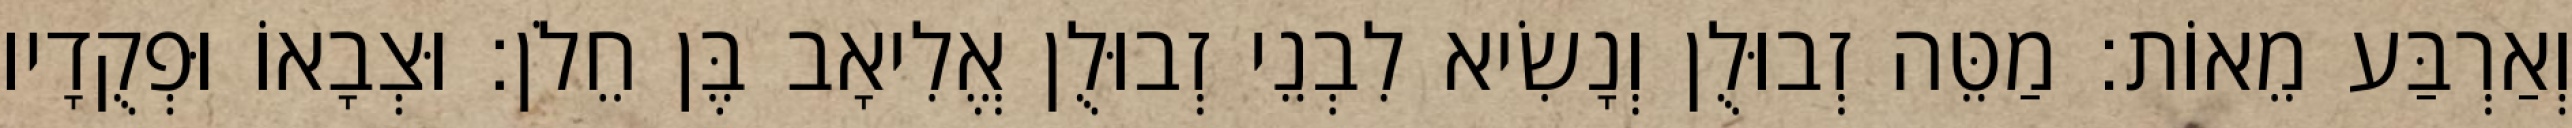
וְאַרְבַּע מֵאוֹת׃ מַטֵּה זְבוּלֻן וְנָשִׂיא לִבְנֵי זְבוּלֻן אֱלִיאָב בֶּן חֵלֹן׃ וּצְבָאוֹ וּפְקֻדָיו